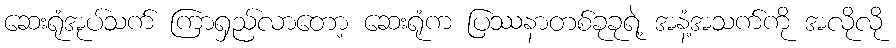
ဆေးရုံအုပ်သက် ကြာရှည်လာတော့ ဆေးရုံက ပြဿနာတစ်ခုခုရဲ့ အနံ့အသက်ကို အလိုလို